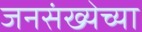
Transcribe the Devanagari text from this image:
जनसंख्येच्या